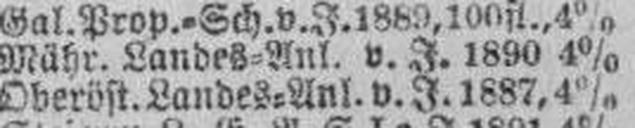
Oberöst. Landes=Anl. v. J. 1887, 4%